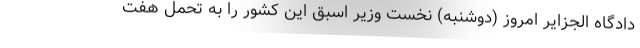
دادگاه الجزایر امروز (دوشنبه) نخست وزیر اسبق این کشور را به تحمل هفت